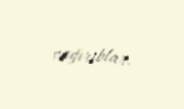
çağırıblar.